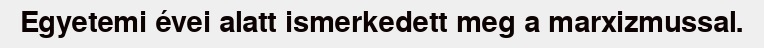
Egyetemi évei alatt ismerkedett meg a marxizmussal.